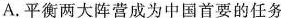
A.平衡两大阵营成为中国首要的任务